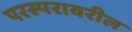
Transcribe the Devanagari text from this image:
परस्परावरील